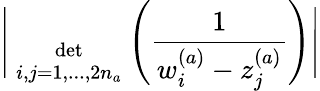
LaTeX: \Bigg|{\; \atop{\mathrm{det}\atop{\scriptstyle i,j=1,...,2n_{a}}}}\Bigg(\frac{1}{w_{i}^{(a)}-z_{j}^{(a)}}\Bigg)\Bigg|